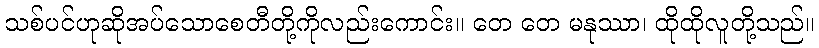
သစ်ပင်ဟုဆိုအပ်သောစေတီတို့ကိုလည်းကောင်း။ တေ တေ မနုဿာ၊ ထိုထိုလူတို့သည်။